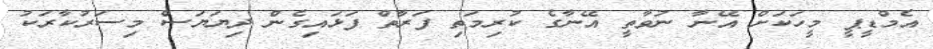
އެމްޑީޕީ މީހަކަށް އޭނާ ނުވާތީ އޭނާގެ ކުރިމަތި ފަރާތް ފަޅައިގެން ދިޔަޔަސް މިސަރުކާރަކު